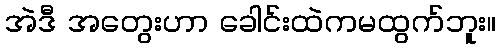
အဲဒီ အတွေးဟာ ခေါင်းထဲကမထွက်ဘူး။